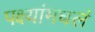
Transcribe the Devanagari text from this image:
पक्ष्यांमधलं